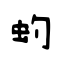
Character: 虳